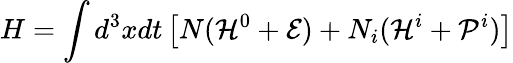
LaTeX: H=\int d^{3}xdt\left[N({\cal H}^{0}+{\cal E})+N_{i}({\cal H}^{i}+{\cal P}^{i})\right]